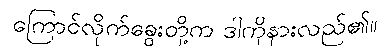
ကြောင်လိုက်ခွေးတို့က ဒါကိုနားလည်၏။